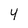
Character: 4